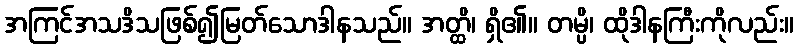
အကြင်အသဒိသဖြစ်၍မြတ်သောဒါနသည်။ အတ္ထိ၊ ရှိ၏။ တမ္ပိ၊ ထိုဒါနကြီးကိုလည်း။